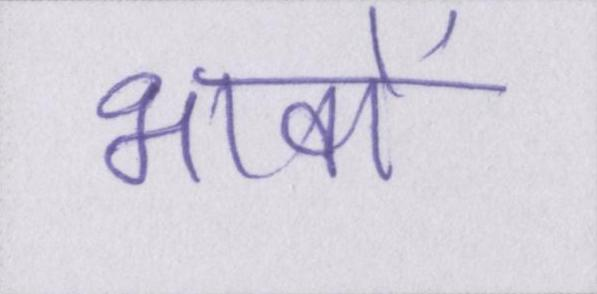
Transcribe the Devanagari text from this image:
भावों